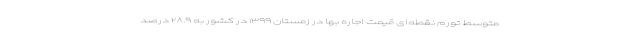
متوسط تورم نقطه‌ای قیمت اجاره بها در زمستان ۱۳۹۹ در کشور به ۲۸.۹ درصد